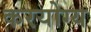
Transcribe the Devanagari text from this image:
करयोग्य